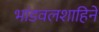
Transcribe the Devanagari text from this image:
भांडवलशाहिने